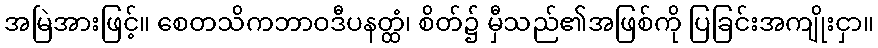
အမြဲအားဖြင့်။ စေတသိကဘာဝဒီပနတ္ထံ၊ စိတ်၌ မှီသည်၏အဖြစ်ကို ပြခြင်းအကျိုးငှာ။